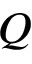
Q